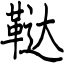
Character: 鞑